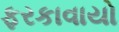
ફરકાવાયો